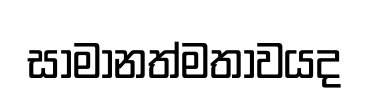
සාමානත්මතාවයද